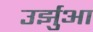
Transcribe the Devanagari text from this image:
उर्झुआ